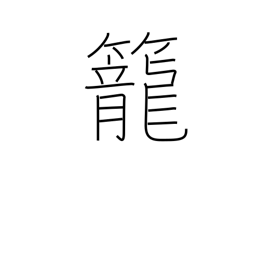
Meaning: coop